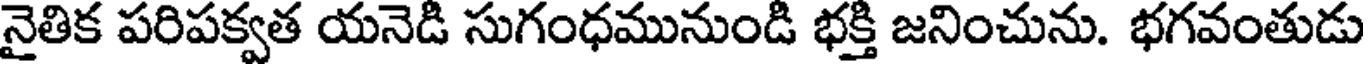
నైతిక పరిపక్వత యనెడి సుగంధమునుండి భక్తి జనించును. భగవంతుడు